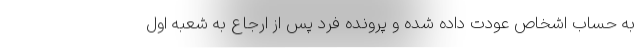
به حساب اشخاص عودت داده شده و پرونده فرد پس از ارجاع به شعبه اول